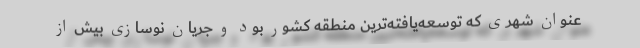
عنوان شهری که توسعه‌یافته‌ترین منطقه کشور بود و جریان نوسازی بیش از